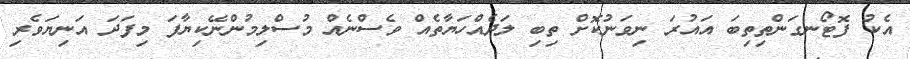
އެކު ފޮޓޯނގަންތިތިބަ އައުރަ ނިވަނުކޮށް ތިބި ލަދެއްހަޔާތެއް ވެސްނެއް މުސްލިމުންނޭކިޔާފަ މިފަދަ އަނިޔަވެރި